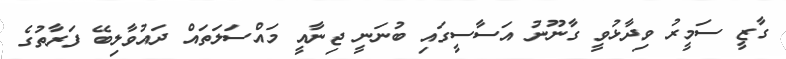
ގާޒީ ސަމީރު ވިދާޅުވީ ގާނޫނު އަސާސީގައި ބުނަނީ ޖިނާއީ މައްސަލަތައް ދައުވާލިބޭ ފަރާތުގެ